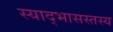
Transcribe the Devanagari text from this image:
स्याद्भासस्तस्य